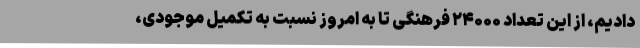
دادیم، از این تعداد ۲۴۰۰۰ فرهنگی تا به امروز نسبت به تکمیل موجودی،